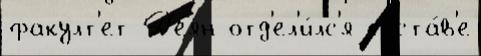
факулт'ет Д'е́ян отд'ел'и́лс'я соста́в'е